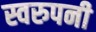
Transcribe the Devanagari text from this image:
स्वरुपनी